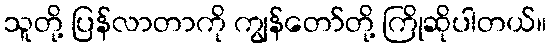
သူတို့ ပြန်လာတာကို ကျွန်တော်တို့ ကြိုဆိုပါတယ်။